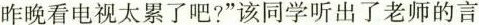
昨晚看电视太累了吧?”该同学听出了老师的言